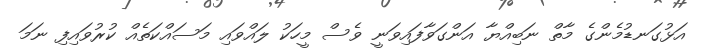
އަޅުގަނޑުމެންގެ މާތް ނަބިއްޔާ އަންގަވާފައިވަނީ ވެސް މީހަކު ލައްވައި މަސައްކަތެއް ކުރުވައިފި ނަމަ